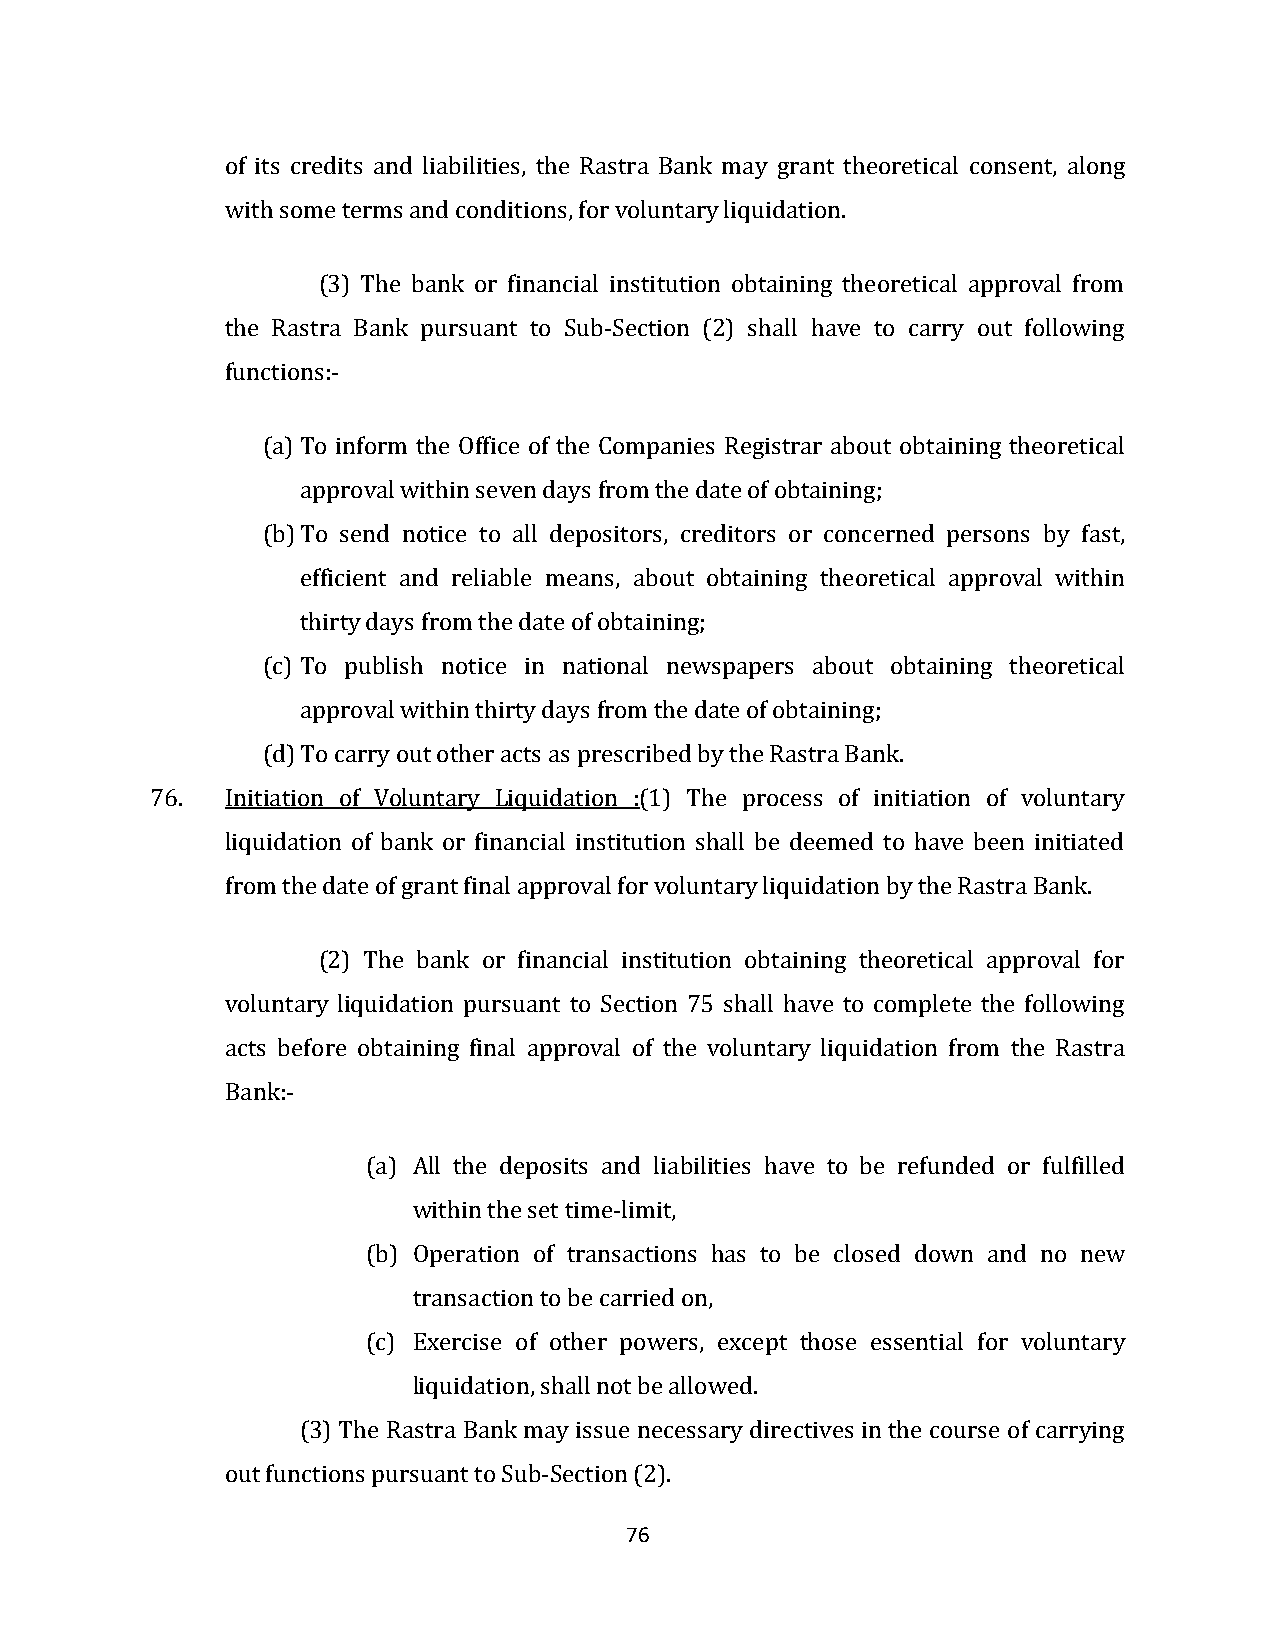
of its credits and liabilities, the Rastra Bank may grant theoretical consent, along
 with some terms and conditions, for voluntary liquidation.
 (3) The bank or financial institution obtaining theoretical approval from
 the Rastra Bank pursuant to Sub-Section (2) shall have to carry out following
 functions:-
 (a) To inform the Office of the Companies Registrar about obtaining theoretical
 approval within seven days from the date of obtaining;
 (b) To send notice to all depositors, creditors or concerned persons by fast,
 efficient and reliable means, about obtaining theoretical approval within
 thirty days from the date of obtaining;
 (c) To publish notice in national newspapers about obtaining theoretical
 approval within thirty days from the date of obtaining;
 (d) To carry out other acts as prescribed by the Rastra Bank.
 76.  Initiation of Voluntary Liquidation :(1) The process of initiation of voluntary
 liquidation of bank or financial institution shall be deemed to have been initiated
 from the date of grant final approval for voluntary liquidation by the Rastra Bank.
 (2) The bank or financial institution obtaining theoretical approval for
 voluntary liquidation pursuant to Section 75 shall have to complete the following
 acts before obtaining final approval of the voluntary liquidation from the Rastra
 Bank:-
 (a) All the deposits and liabilities have to be refunded or fulfilled
 within the set time-limit,
 (b) Operation of transactions has to be closed down and no new
 transaction to be carried on,
 (c) Exercise of other powers, except those essential for voluntary
 liquidation, shall not be allowed.
 (3) The Rastra Bank may issue necessary directives in the course of carrying
 out functions pursuant to Sub-Section (2).
 76